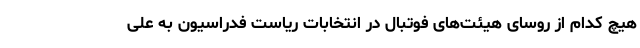
هیچ کدام از روسای هیئت‌های فوتبال در انتخابات ریاست فدراسیون به علی